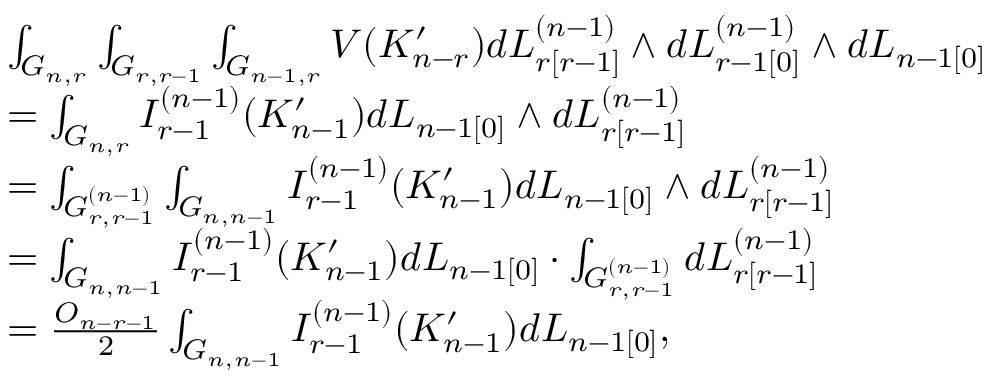
\begin{array} { r l } & { \int _ { G _ { n , r } } \int _ { G _ { r , r - 1 } } \int _ { G _ { n - 1 , r } } V ( K _ { n - r } ^ { \prime } ) d L _ { r [ r - 1 ] } ^ { ( n - 1 ) } \wedge d L _ { r - 1 [ 0 ] } ^ { ( n - 1 ) } \wedge d L _ { n - 1 [ 0 ] } } \\ & { = \int _ { G _ { n , r } } I _ { r - 1 } ^ { ( n - 1 ) } ( K _ { n - 1 } ^ { \prime } ) d L _ { n - 1 [ 0 ] } \wedge d L _ { r [ r - 1 ] } ^ { ( n - 1 ) } } \\ & { = \int _ { G _ { r , r - 1 } ^ { ( n - 1 ) } } \int _ { G _ { n , n - 1 } } I _ { r - 1 } ^ { ( n - 1 ) } ( K _ { n - 1 } ^ { \prime } ) d L _ { n - 1 [ 0 ] } \wedge d L _ { r [ r - 1 ] } ^ { ( n - 1 ) } } \\ & { = \int _ { G _ { n , n - 1 } } I _ { r - 1 } ^ { ( n - 1 ) } ( K _ { n - 1 } ^ { \prime } ) d L _ { n - 1 [ 0 ] } \cdot \int _ { G _ { r , r - 1 } ^ { ( n - 1 ) } } d L _ { r [ r - 1 ] } ^ { ( n - 1 ) } } \\ & { = \frac { O _ { n - r - 1 } } { 2 } \int _ { G _ { n , n - 1 } } I _ { r - 1 } ^ { ( n - 1 ) } ( K _ { n - 1 } ^ { \prime } ) d L _ { n - 1 [ 0 ] } , } \end{array}